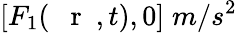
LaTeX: [F_{1}(\mathrm{~{~\mathbf~r~}~},t),0]\; m/s^{2}